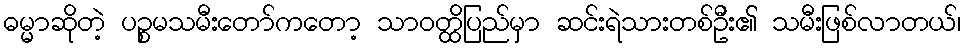
ဓမ္မာဆိုတဲ့ ပဉ္စမသမီးတော်ကတော့ သာဝတ္ထိပြည်မှာ ဆင်းရဲသားတစ်ဦး၏ သမီးဖြစ်လာတယ်၊